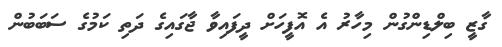
ގާޒީ ބިލްޑިންގުން މިހާރު އެ އޮފީހަށް ދީފައިވާ ޖާގައިގެ ދަތި ކަމުގެ ސަބަބުން